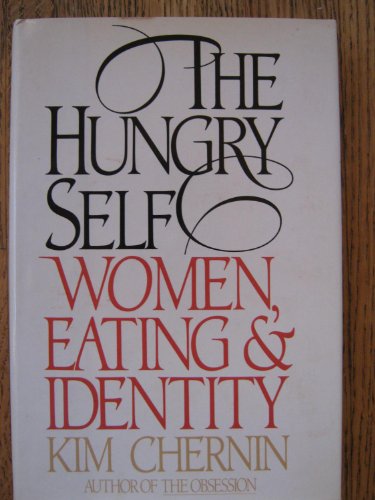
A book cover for The Hungry Self; Kim Chernin; Health, Fitness & Dieting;